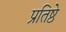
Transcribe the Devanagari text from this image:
प्रतिष्ठे